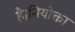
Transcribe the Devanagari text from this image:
है।नियोक्ता